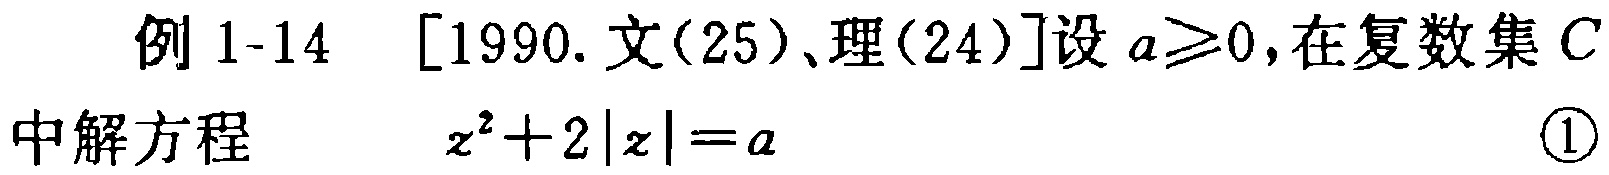
例 1-14 [1990.文(25)、理(24)]设 \(a\geq0\)，在复数集 \(C\) 中解方程 \(z^{2}+2|z| = a\) \textcircled{1}